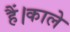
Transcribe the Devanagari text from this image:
हैं।काले